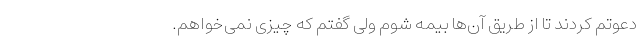
دعوتم کردند تا از طریق آن‌ها بیمه شوم ولی گفتم که چیزی نمی‌خواهم.